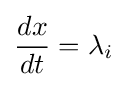
{\frac {dx}{dt}}=\lambda _{i}